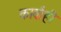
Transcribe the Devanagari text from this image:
कार्वाही